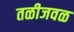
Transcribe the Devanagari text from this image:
तळीजवळ